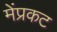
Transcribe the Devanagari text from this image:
मेंप्रकट